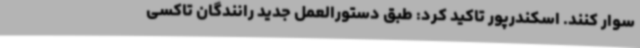
سوار کنند. اسکندرپور تاکید کرد: طبق دستورالعمل جدید رانندگان تاکسی